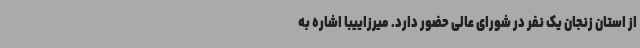
از استان زنجان یک نفر در شورای عالی حضور دارد. میرزاییبا اشاره به